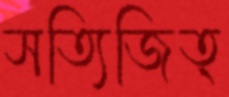
সত্যিজিত্